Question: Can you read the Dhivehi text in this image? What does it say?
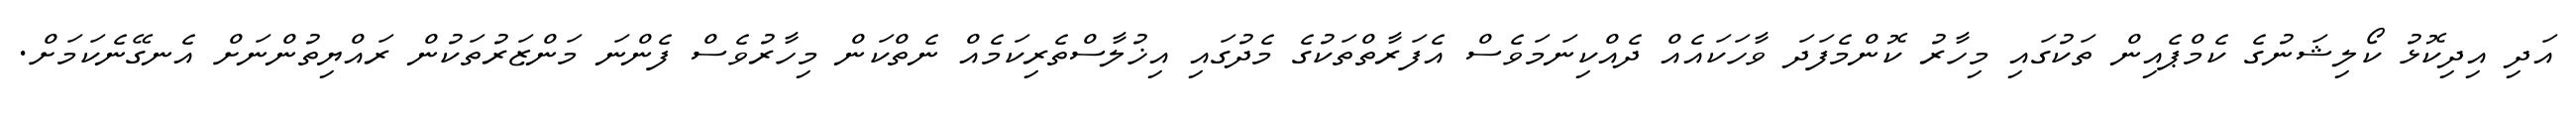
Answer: އަދި އިދިކޮޅު ކޯލިޝަނުގެ ކެމްޕެއިން ތަކުގައި މިހާރު ކޮންމެފަދަ ވާހަކައެއް ދެއްކިނަމަވެސް އެފަރާތްތަކުގެ މެދުގައި އިޚުލާސްތެރިކަމެއް ނެތްކަން މިހާރުވެސް ފެންނަ މަންޒަރުތަކުން ރައްޔިތުންނަށް އެނގޭނެކަމަށް.